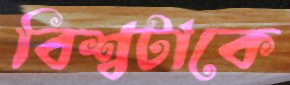
বিশ্বটাকে